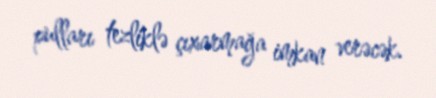
pulları tezliklə çıxarmağa imkan verəcək.